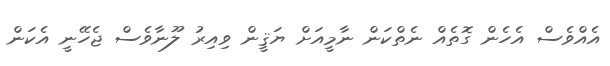
އެއްވެސް އެހެން ގޮތެއް ނެތްކަން ނާމީއަށް ޔަޤީން ވިއިރު ލޫނާވެސް ޖެހޭނީ އެކަން